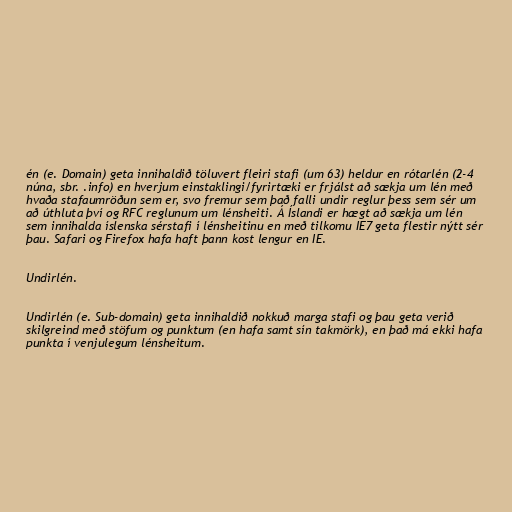
én (e. Domain) geta innihaldið töluvert fleiri stafi (um 63) heldur en rótarlén (2-4
núna, sbr. .info) en hverjum einstaklingi/fyrirtæki er frjálst að sækja um lén með
hvaða stafaumröðun sem er, svo fremur sem það falli undir reglur þess sem sér um
að úthluta því og RFC reglunum um lénsheiti. Á Íslandi er hægt að sækja um lén
sem innihalda íslenska sérstafi í lénsheitinu en með tilkomu IE7 geta flestir nýtt sér
þau. Safari og Firefox hafa haft þann kost lengur en IE.

Undirlén.

Undirlén (e. Sub-domain) geta innihaldið nokkuð marga stafi og þau geta verið
skilgreind með stöfum og punktum (en hafa samt sín takmörk), en það má ekki hafa
punkta í venjulegum lénsheitum.